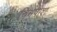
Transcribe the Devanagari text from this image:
चिर्मपोश